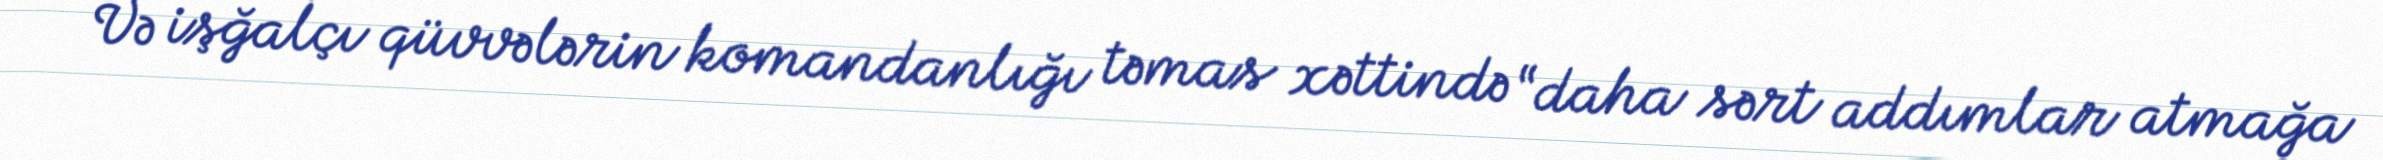
Və işğalçı qüvvələrin komandanlığı təmas xəttində “daha sərt addımlar atmağa